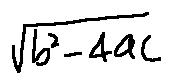
\sqrt { b ^ { 2 } - 4 a c }